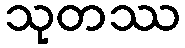
သုတဿ